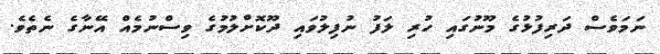
ނަމަވެސް ދަރިފުޅުގެ މޫނުގައި ހުރި ލަފު ނުފިލުވައި ދޫކޮށްލުމުގެ ވިސްނުމެއް އޭނާގެ ނެތެވެ.